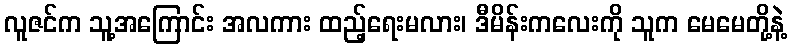
လူဇင်က သူ့အကြောင်း အလကား ထည့်ရေးမလား၊ ဒီမိန်းကလေးကို သူက မေမေတို့နဲ့